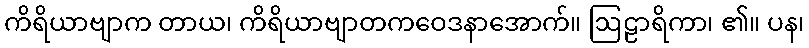
ကိရိယာဗျာက တာယ၊ ကိရိယာဗျာတကဝေဒနာအောက်။ ဩဠာရိကာ၊ ၏။ ပန၊